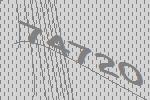
74720